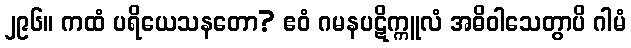
၂၉၆။ ကထံ ပရိယေသနတော? ဧဝံ ဂမနပဋိက္ကူလံ အဓိဝါသေတွာပိ ဂါမံ